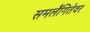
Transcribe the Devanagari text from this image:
समलैंगितेवर